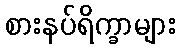
စားနပ်ရိက္ခာများ